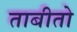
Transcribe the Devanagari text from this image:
ताबीतो